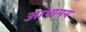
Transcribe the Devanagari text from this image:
आभामय